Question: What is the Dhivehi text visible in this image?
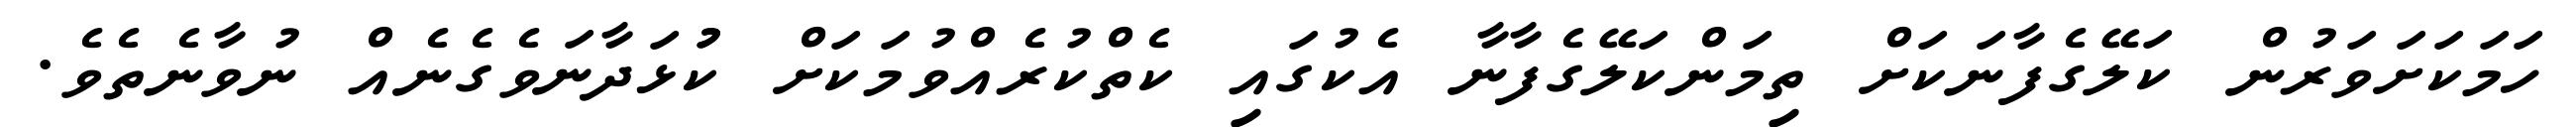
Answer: ހަމަކަށަވަރުން ކަލޭގެފާނަކަށް ތިމަންކަލޭގެފާނާ އެކުގައި ކެތްކުރެއްވުމަކަށް ކުުޅަދާނަވެގެނެއް ނުވާނެތެވެ.